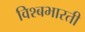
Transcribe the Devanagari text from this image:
विश्बभारती